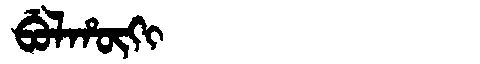
Manchu: ᠪᡠᠯᡥᡡᡴᡳ
Romanization: BULHŪKI